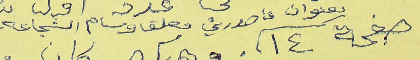
صفحة ١٤ بعنوان عا صورتي معلق وسام الشجاعه